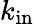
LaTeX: k_{\mathrm{in}}